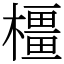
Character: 橿